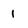
Character: 1